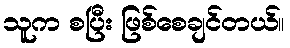
သူက စပြီး ဖြစ်စေချင်တယ်။